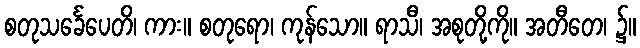
စတုသင်္ခေပေတိ၊ ကား။ စတုရော၊ ကုန်သော။ ရာသီ၊ အစုတို့ကို။ အတီတေ၊ ၌။